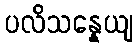
ပလိသန္နေယျ